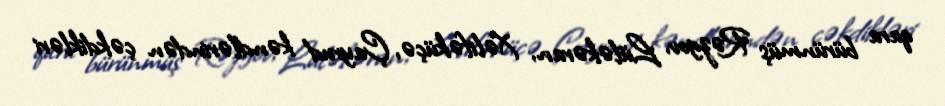
qara bürünmüş Rəzgov, Lüləkəran, Xəlifəküçə, Çayrud kəndlərindən çəkdikləri